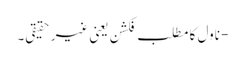
- ناول کا مطلب فکشن یعنی غیر حقیقی۔